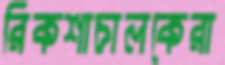
রিকশাচালকেরা